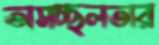
অসচ্ছলতার